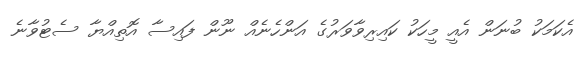
އެކަމަކު ބުނަން އެއީ މީހަކު ކައިރިވާވަރުގެ އަންހެނެއް ނޫން ފައިސާ އޮތިއްޔާ ސެޓުވާނެ